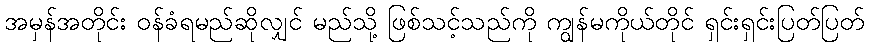
အမှန်အတိုင်း ဝန်ခံရမည်ဆိုလျှင် မည်သို့ ဖြစ်သင့်သည်ကို ကျွန်မကိုယ်တိုင် ရှင်းရှင်းပြတ်ပြတ်